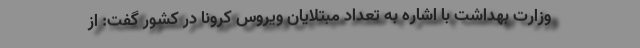
وزارت بهداشت با اشاره به تعداد مبتلایان ویروس کرونا در کشور گفت: از